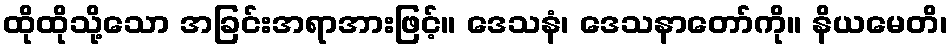
ထိုထိုသို့သော အခြင်းအရာအားဖြင့်။ ဒေသနံ၊ ဒေသနာတော်ကို။ နိယမေတိ၊